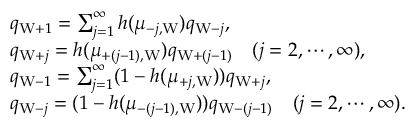
\begin{array} { r l } & { q _ { \mathrm { W } + 1 } = \sum _ { j = 1 } ^ { \infty } h ( \mu _ { - j , \mathrm { W } } ) q _ { \mathrm { W } - j } , } \\ & { q _ { \mathrm { W } + j } = h ( \mu _ { + ( j - 1 ) , \mathrm { W } } ) q _ { \mathrm { W } + ( j - 1 ) } \quad ( j = 2 , \cdots , \infty ) , } \\ & { q _ { \mathrm { W } - 1 } = \sum _ { j = 1 } ^ { \infty } ( 1 - h ( \mu _ { + j , \mathrm { W } } ) ) q _ { \mathrm { W } + j } , } \\ & { q _ { \mathrm { W } - j } = ( 1 - h ( \mu _ { - ( j - 1 ) , \mathrm { W } } ) ) q _ { \mathrm { W } - ( j - 1 ) } \quad ( j = 2 , \cdots , \infty ) . } \end{array}